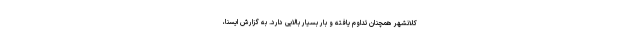
کلانشهر همچنان تداوم یافته و بار بسیار بالایی دارد. به گزارش ایسنا،